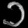
Digit: ၁